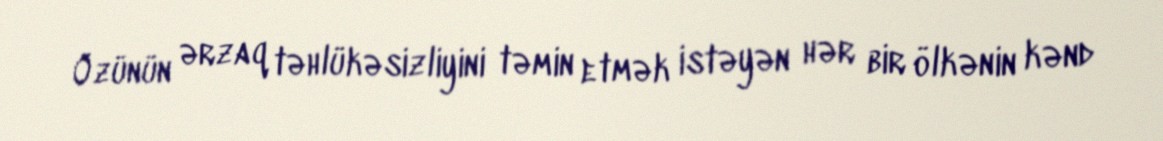
Özünün ərzaq təhlükəsizliyini təmin etmək istəyən hər bir ölkənin kənd